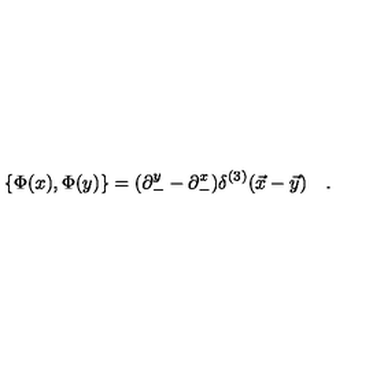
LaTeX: \{ \Phi ( x ) , \Phi ( y ) \} = ( \partial _ { - } ^ { y } - \partial _ { - } ^ { x } ) \delta ^ { ( 3 ) } ( \vec { x } - \vec { y } ) \quad .